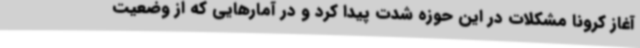
آغاز کرونا مشکلات در این حوزه شدت پیدا کرد و در آمارهایی که از وضعیت